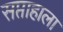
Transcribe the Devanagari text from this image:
सप्ताहाला